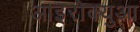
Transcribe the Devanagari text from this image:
आइरोक्युआ